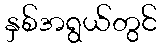
နှစ်အရွယ်တွင်